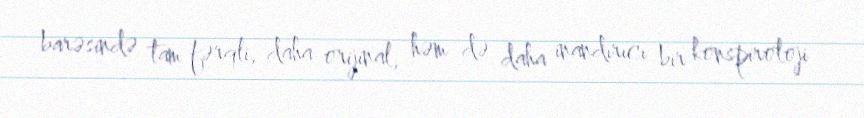
barəsində tam fərqli, daha orijinal, həm də daha inandırıcı bir konspiroloji